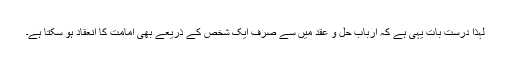
لہذا درست بات یہی ہے کہ ارباب حل و عقد میں سے صرف ایک شخص کے ذریعے بھی امامت کا انعقاد ہو سکتا ہے۔